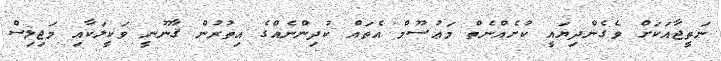
ނަތީޖާއަކަށް ވެގެންދިޔައީ ކުށެއްނެތް މަޢުސޫމް އެތައް ކުދިންނެއްގެ އިތުރުން ޤާނޫނީ ވަކީލަކާއި މަޖިލިސް